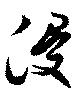
浸